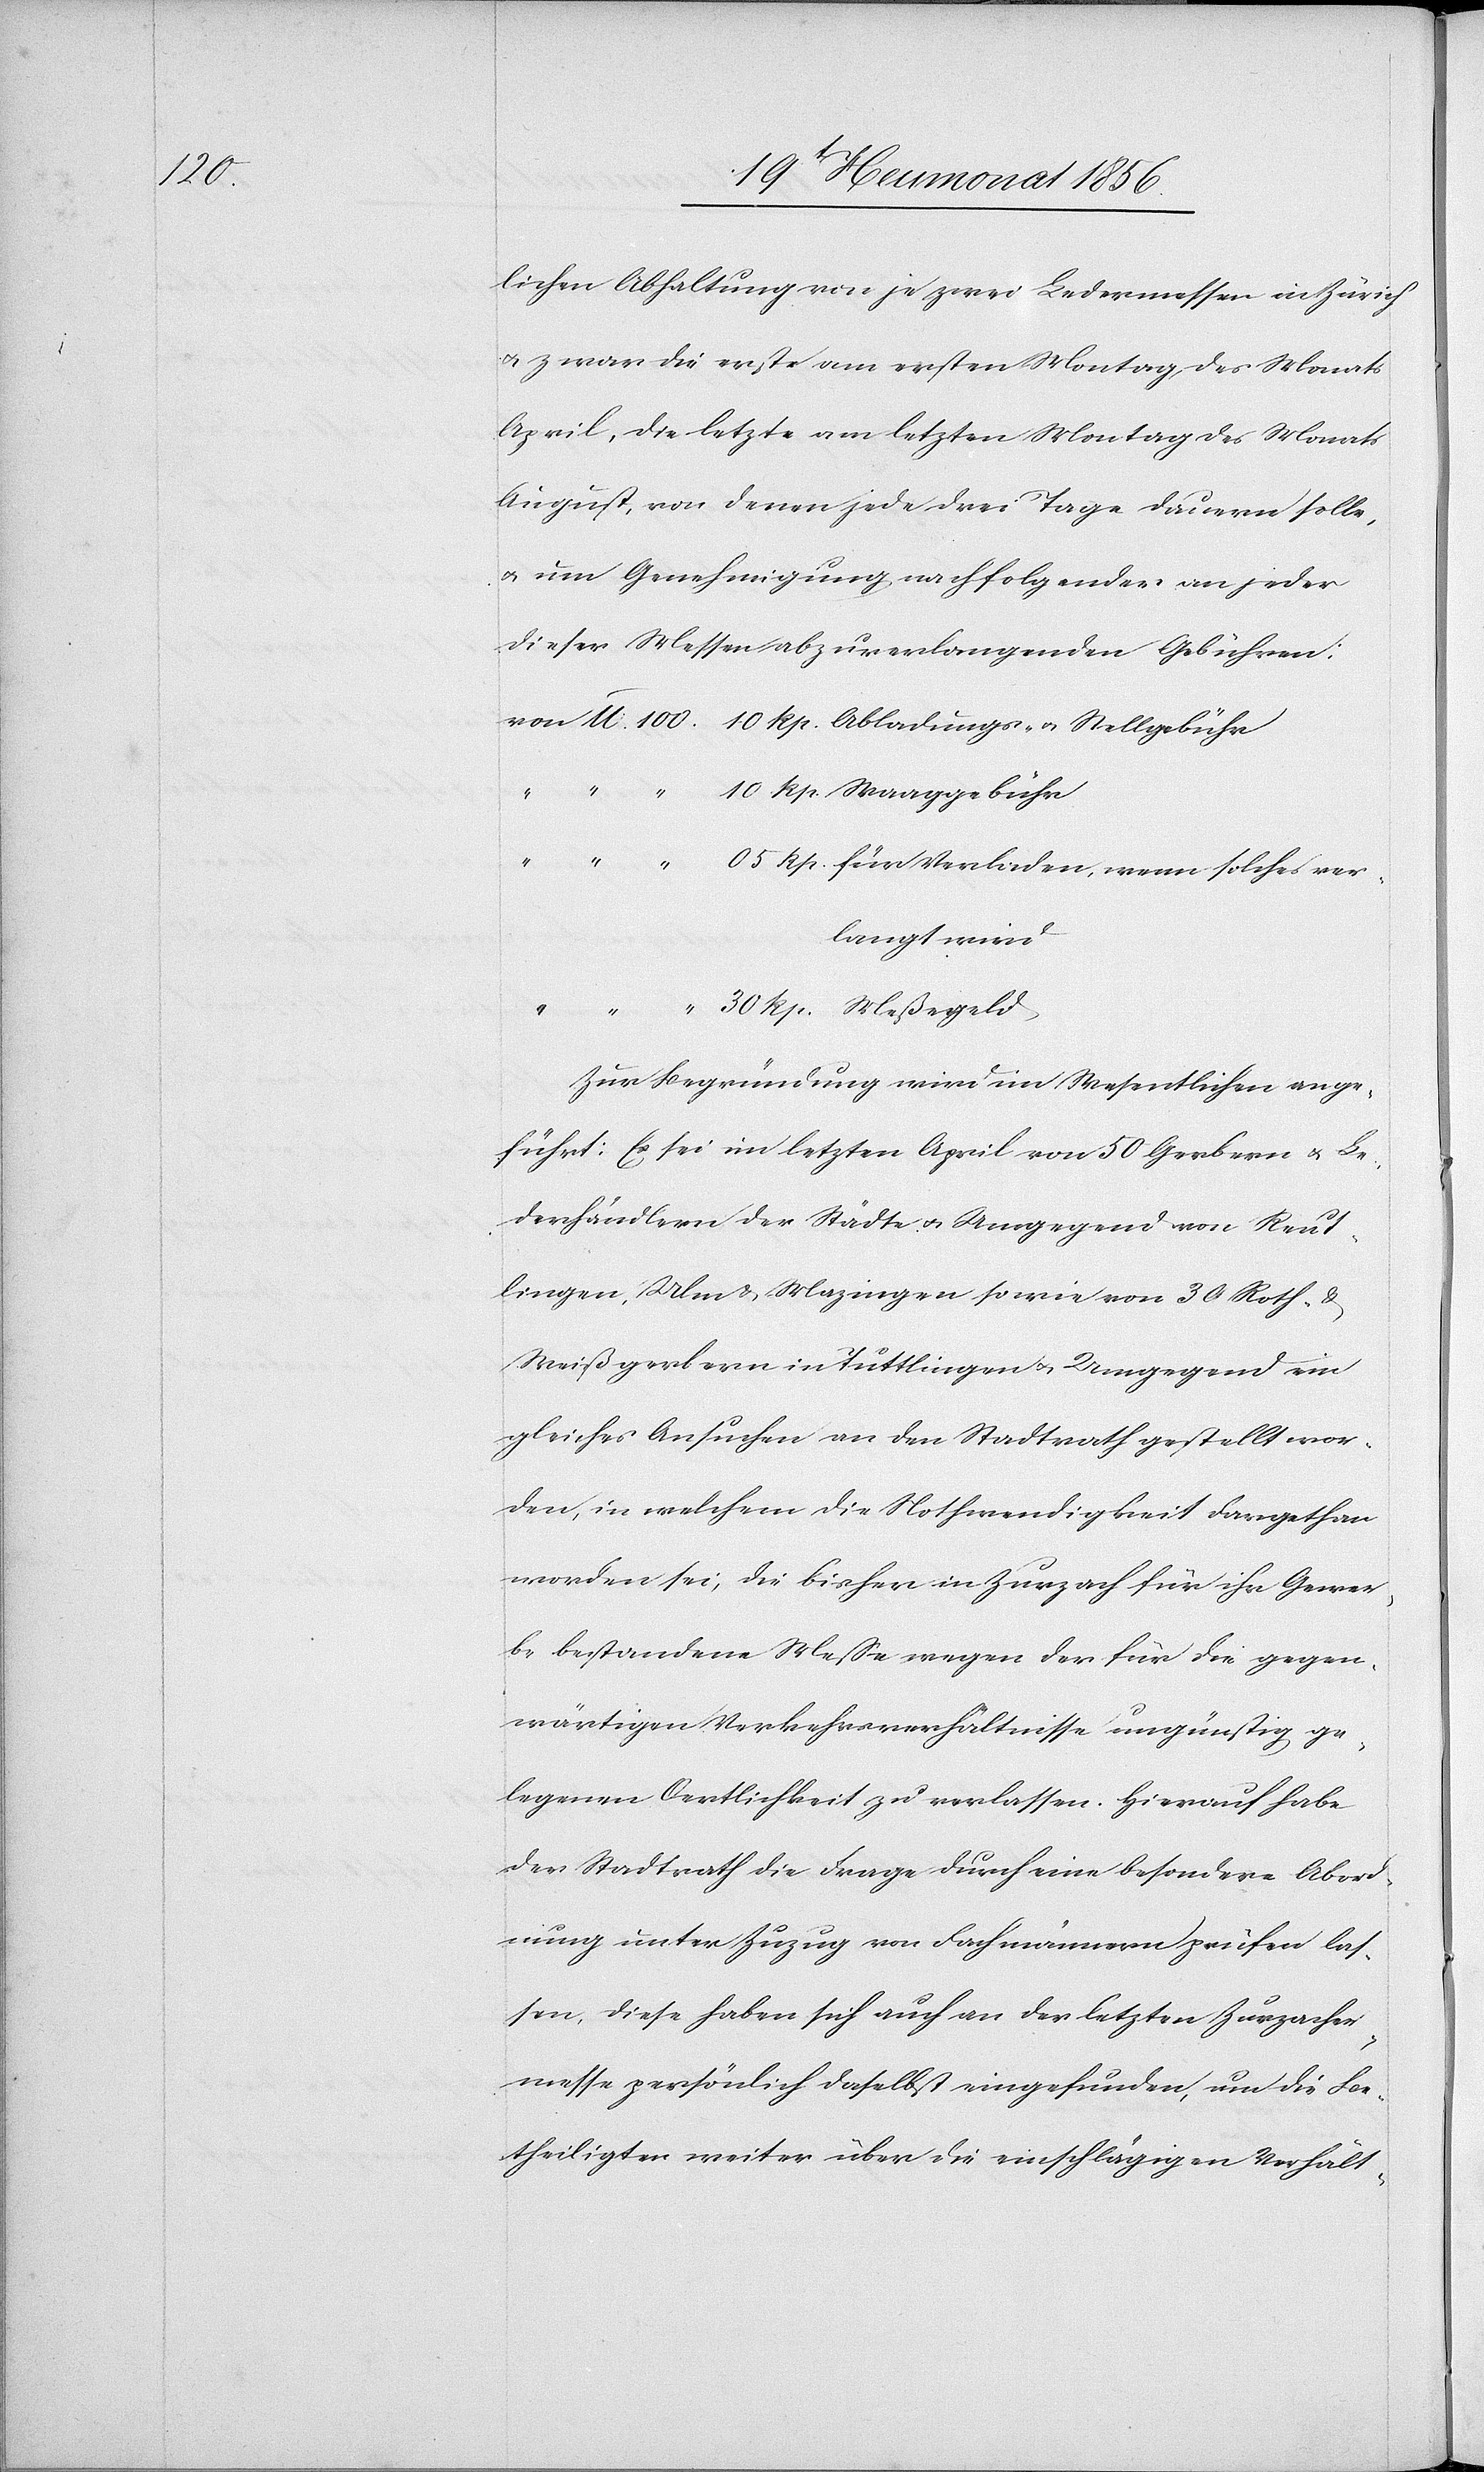
30

lichen Abhaltung von je zwei Ledermessen in Zürich
u. zwar die erste am ersten Montag des Monats
April, die letzte am letzten Montag des Monats
August, von denen jede drei Tage dauern solle,
u. um Genehmigung nachfolgender an jeder
dieser Messen abzuverlangenden Gebühren:
langt wird
Zur Begründung wird im Wesentlichen ange¬
führt: Es sei im letzten April von 50 Gerbern u. Le¬
derhändlern der Städte u. Umgegend von Reut¬
lingen, Ulm, Mazingen so wie von 30 Roth- &
Weißgerbern in Tuttlingen u. Umgegend ein
gleiches Ansuchen an den Stadtrath gestellt wor¬
den, in welchem die Nothwendigkeit dargethan
worden sei, die bisher in Zurzach für ihr Gewer¬
be bestandene Messe wegen der für die gegen¬
wärtigen Verkehrsverhältnisse ungünstig ge¬
legenen Oertlichkeit zu verlassen. Hierauf habe
der Stadtrath die Frage durch eine besondere Abord¬
nung unter Zuzug von Fachmännern prüfen las¬
sen, diese haben sich auch an der letzten Zurzacher¬
messe persönlich daselbst eingefunden, um die Be¬
theiligten weiter über die einschlägigen Verhält-